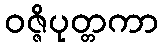
ဝဇ္ဇိပုတ္တကာ